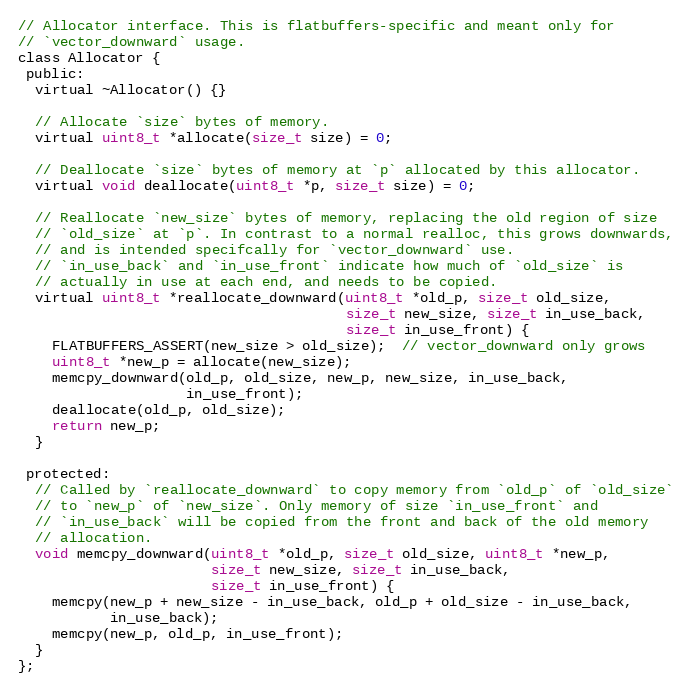
Language: C
// Allocator interface. This is flatbuffers-specific and meant only for
// `vector_downward` usage.
class Allocator {
 public:
  virtual ~Allocator() {}

  // Allocate `size` bytes of memory.
  virtual uint8_t *allocate(size_t size) = 0;

  // Deallocate `size` bytes of memory at `p` allocated by this allocator.
  virtual void deallocate(uint8_t *p, size_t size) = 0;

  // Reallocate `new_size` bytes of memory, replacing the old region of size
  // `old_size` at `p`. In contrast to a normal realloc, this grows downwards,
  // and is intended specifcally for `vector_downward` use.
  // `in_use_back` and `in_use_front` indicate how much of `old_size` is
  // actually in use at each end, and needs to be copied.
  virtual uint8_t *reallocate_downward(uint8_t *old_p, size_t old_size,
                                       size_t new_size, size_t in_use_back,
                                       size_t in_use_front) {
    FLATBUFFERS_ASSERT(new_size > old_size);  // vector_downward only grows
    uint8_t *new_p = allocate(new_size);
    memcpy_downward(old_p, old_size, new_p, new_size, in_use_back,
                    in_use_front);
    deallocate(old_p, old_size);
    return new_p;
  }

 protected:
  // Called by `reallocate_downward` to copy memory from `old_p` of `old_size`
  // to `new_p` of `new_size`. Only memory of size `in_use_front` and
  // `in_use_back` will be copied from the front and back of the old memory
  // allocation.
  void memcpy_downward(uint8_t *old_p, size_t old_size, uint8_t *new_p,
                       size_t new_size, size_t in_use_back,
                       size_t in_use_front) {
    memcpy(new_p + new_size - in_use_back, old_p + old_size - in_use_back,
           in_use_back);
    memcpy(new_p, old_p, in_use_front);
  }
};